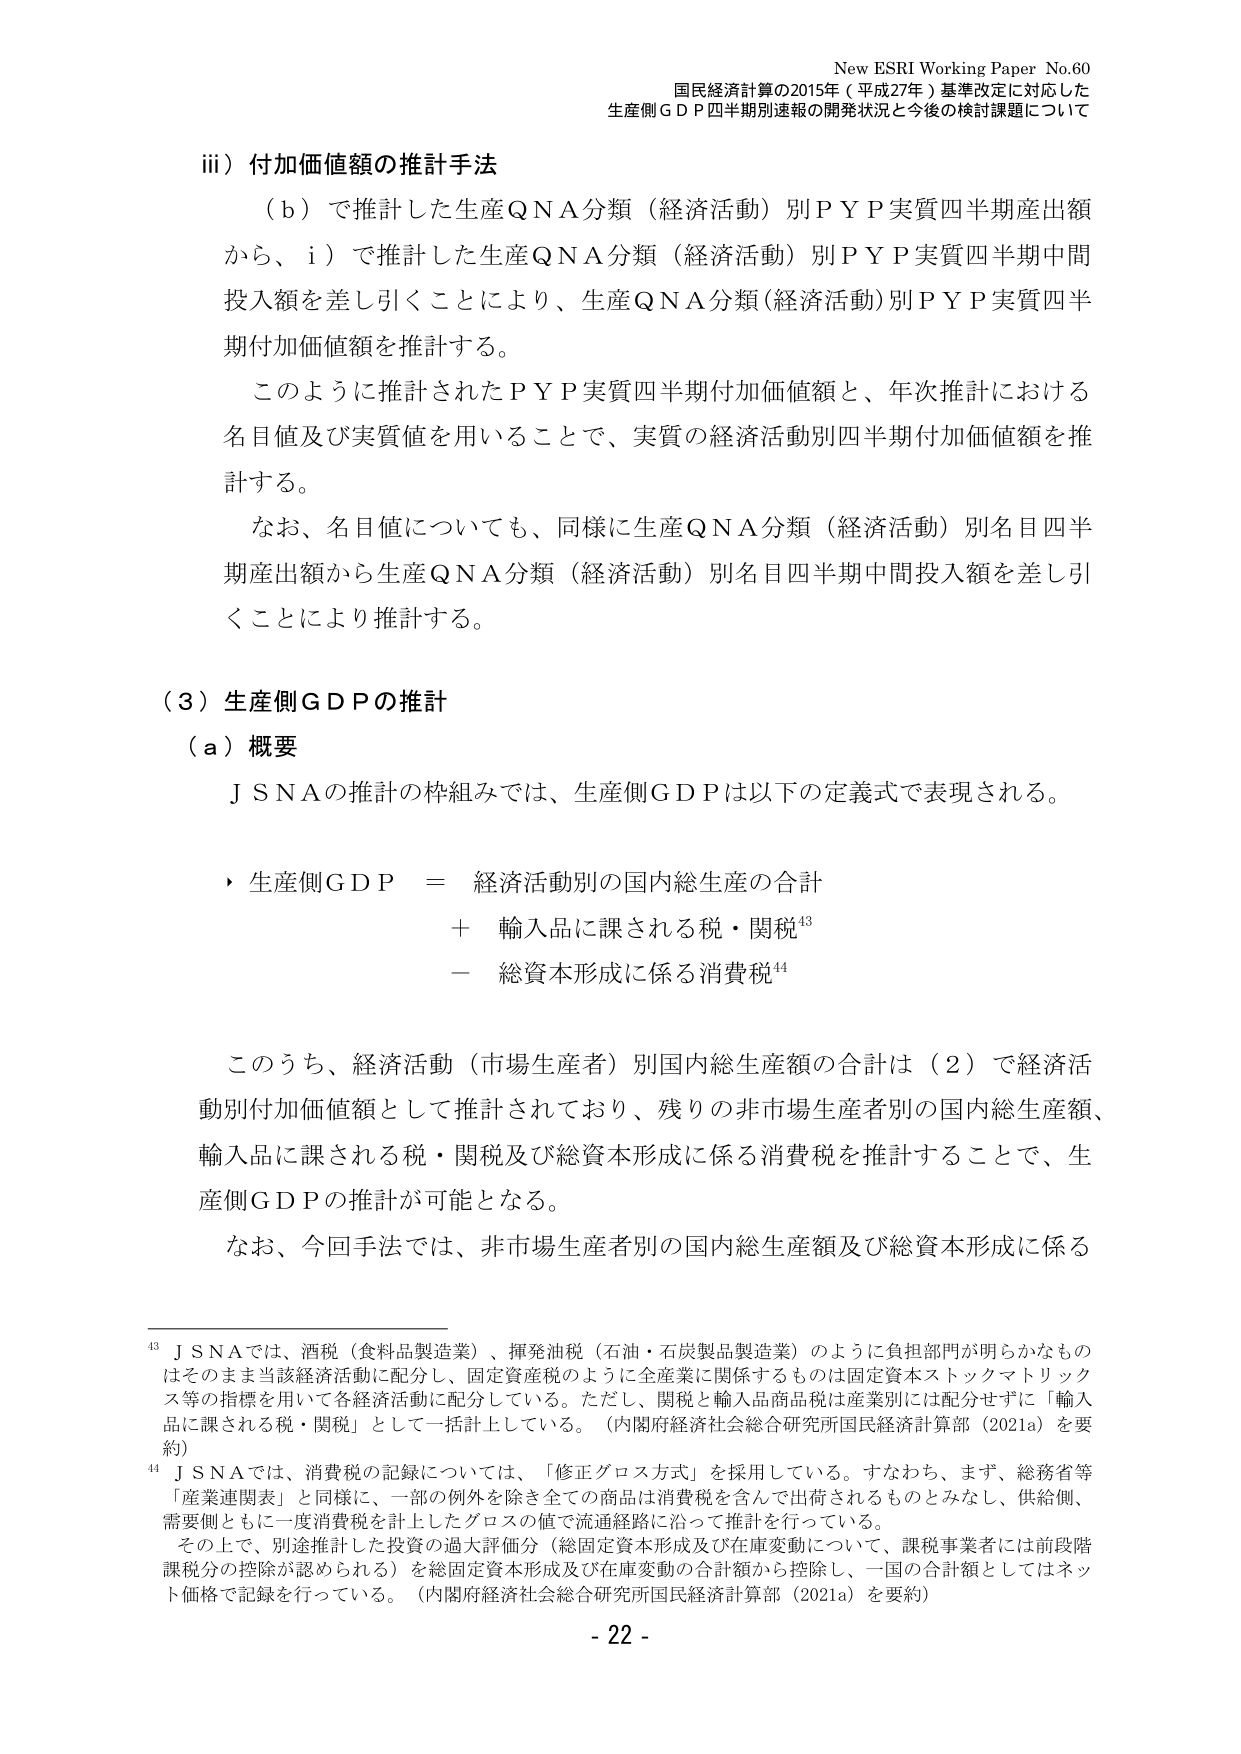
New ESRI Working Paper No.60
国民経済計算の2015年（平成27年）基準改定に対応した
生産側ＧＤＰ四半期別速報の開発状況と今後の検討課題について

iii）付加価値額の推計手法
（ｂ）で推計した生産ＱＮＡ分類（経済活動）別ＰＹＰ実質四半期産出額
から、ｉ）で推計した生産ＱＮＡ分類（経済活動）別ＰＹＰ実質四半期中間
投入額を差し引くことにより、生産ＱＮＡ分類（経済活動）別ＰＹＰ実質四半
期付加価値額を推計する。
このように推計されたＰＹＰ実質四半期付加価値額と、年次推計における
名目値及び実質値を用いることで、実質の経済活動別四半期付加価値額を推
計する。
なお、名目値についても、同様に生産ＱＮＡ分類（経済活動）別名目四半
期産出額から生産ＱＮＡ分類（経済活動）別名目四半期中間投入額を差し引
くことにより推計する。

（３）生産側ＧＤＰの推計
（ａ）概要
ＪＳＮＡの推計の枠組みでは、生産側ＧＤＰは以下の定義式で表現される。

・ 生産側ＧＤＰ ＝ 経済活動別の国内総生産の合計
　　＋ 輸入品に課される税・関税⁴³
　　－ 総資本形成に係る消費税⁴⁴

このうち、経済活動（市場生産者）別国内総生産額の合計は（２）で経済活
動別付加価値額として推計されており、残りの非市場生産者別の国内総生産額、
輸入品に課される税・関税及び総資本形成に係る消費税を推計することで、生
産側ＧＤＰの推計が可能となる。
なお、今回手法では、非市場生産者別の国内総生産額及び総資本形成に係る

⁴³ ＪＳＮＡでは、酒税（食料品製造業）、揮発油税（石油・石炭製品製造業）のように負担部門が明らかなもの
はそのまま当該経済活動に配分し、固定資産税のように全産業に関係するものは固定資本ストックマトリック
ス等の指標を用いて各経済活動に配分している。ただし、関税と輸入品商品税は産業別には配分せずに「輸入
品に課される税・関税」として一括計上している。（内閣府経済社会総合研究所国民経済計算部（2021a）を要
約）

⁴⁴ ＪＳＮＡでは、消費税の記録については、「修正グロス方式」を採用している。すなわち、まず、総務省等
「産業連関表」と同様に、一部の例外を除き全ての商品は消費税を含んで出荷されるものとみなし、供給側、
需要側ともに一度消費税を計上したグロスの値で流通経路に沿って推計を行っている。
その上で、別途推計した投資の過大評価分（総固定資本形成及び在庫変動について、課税事業者には前段階
課税分の控除が認められる）を総固定資本形成及び在庫変動の合計額から控除し、一国の合計額としてはネッ
ト価格で記録を行っている。（内閣府経済社会総合研究所国民経済計算部（2021a）を要約）

- 22 -